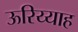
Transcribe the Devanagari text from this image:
ऊरिय्याह